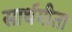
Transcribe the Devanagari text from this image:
सार्थगीता